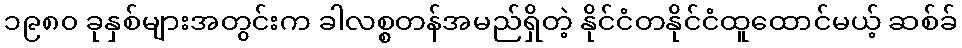
၁၉၈၀ ခုနှစ်များအတွင်းက ခါလစ္စတန်အမည်ရှိတဲ့ နိုင်ငံတနိုင်ငံထူထောင်မယ့် ဆစ်ခ်